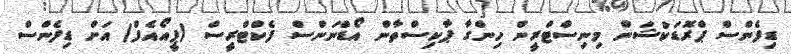
ޑިފެންސް ޕްރޮޑަކްޝަން މިނިސްޓްރީން ހިންގާ ޕާކިސްތާން އޯޑްނަންސް ފެކްޓްރީސް (ޕީއޯއެފް) އަށް ޑިފެންސް